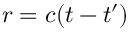
r = c ( t - t ^ { \prime } )